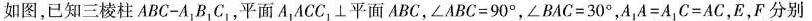
如图，已知三棱柱 ABC-A1BC1，平面 A，ACC1⊥平面ABC，$$∠ A B C = 9 0 °$$，$$∠ B A C = 3 0 °$$，$$A _ { 1 } A